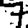
Digit: 7